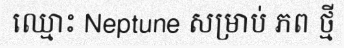
ឈ្មោះ Neptune សម្រាប់ ភព ថ្មី